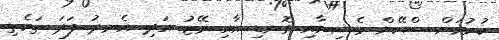
ކުރުމަށް ސްކޭން މެޝިނާއި ގޮނޑި އާއި މޭޒު އަދި އެނދު ފަދަ ތަކެތި